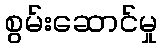
စွမ်းဆောင်မှု